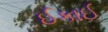
ઈકાઈ